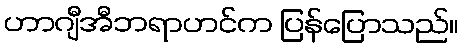
ဟာဂျီအီဘရာဟင်က ပြန်ပြောသည်။